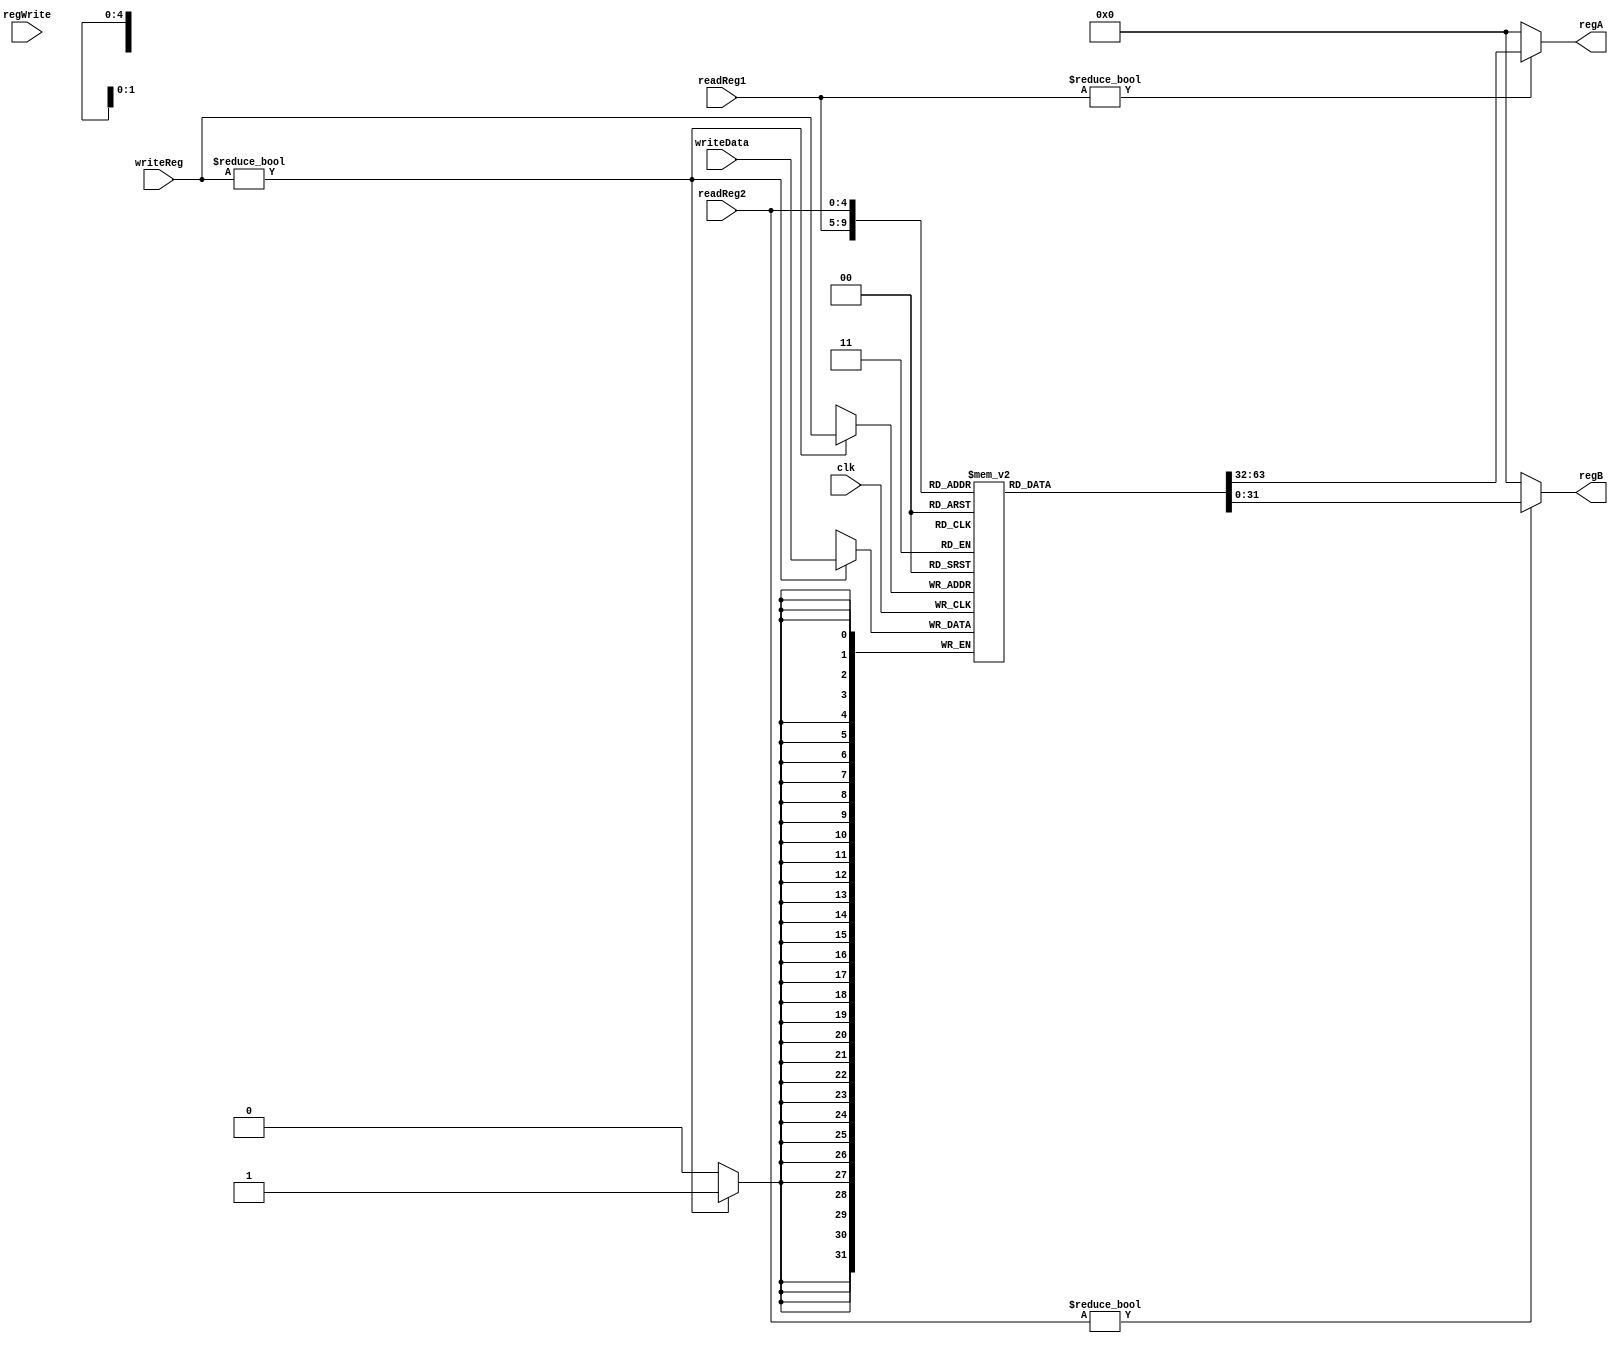
module registers(readReg1, readReg2, writeReg, writeData, regA, regB, regWrite, clk);
	input [4:0] readReg1;					//Numero do registrador a ser lido
	input [4:0] readReg2;					//Numero do registrador a ser lido
	input [4:0] writeReg;					//Numero do registrador a ser escrito
	input [31:0] writeData;					//Dado a ser escrito
	output [31:0] regA;						//Saida para o registrador A
	output [31:0] regB;						//Saida para o Registrador A
	input regWrite;							//Sinal de controle para escrita
	input clk;
	reg [31:0] register [31:0];				//Registradores
	always @ (posedge clk) begin
		if(writeReg)
			register[writeReg] <= writeData;		//Escrita dos dados no registrador
	end
	assign regA = (readReg1 != 0)? register[readReg1]: 0;		//Leitura do primeiro registrador
	assign regB = (readReg2 != 0)? register[readReg2]: 0;		//Leitura do segundo registrador
endmodule